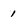
Character: 1